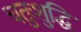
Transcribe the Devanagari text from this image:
चतुःशुद्धि